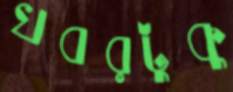
খবরটুকু